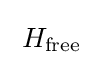
\;H_{\text{free}}\;